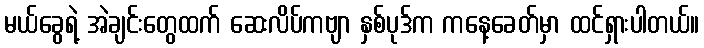
မယ်ခွေရဲ့ အဲချင်းတွေထက် ဆေးလိပ်ကဗျာ နှစ်ပုဒ်က ကနေ့ခေတ်မှာ ထင်ရှားပါတယ်။